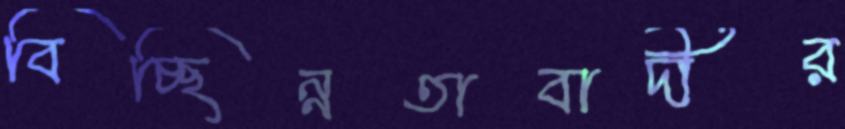
বিচ্ছিন্নতাবাদীর